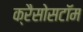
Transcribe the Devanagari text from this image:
क्रैसोसटॉम